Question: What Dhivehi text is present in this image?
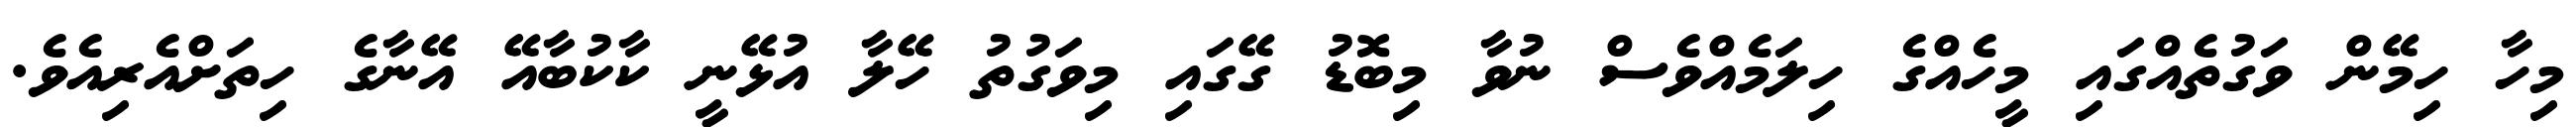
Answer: މިހާ ހިމޭން ވަގުތެއްގައި މީހެއްގެ ހިލަމެއްވެސް ނުވާ މިބޮޑު ގޭގައި މިވަގުތު ހޭލާ އުޅޭނީ ކާކުބާއޭ އޭނާގެ ހިތަށްއެރިއެވެ.